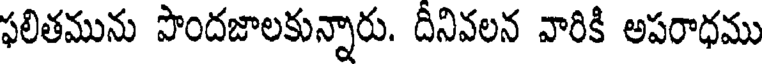
ఫలితమును పొందజాలకున్నారు. దీనివలన వారికి అపరాధము